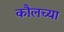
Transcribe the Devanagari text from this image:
कौलच्या